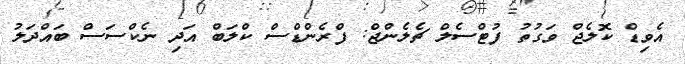
އެވިޑް ކޮލެޖް ވަގުތު ފުޓްސެލް ޗެލެންޖް: ފްރެންޑްސް ކްލަބް އަދި ނެކްސަސް ބައްދަލު